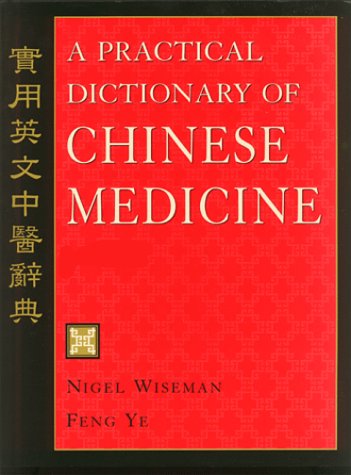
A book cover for A Practical Dictionary of Chinese Medicine; Nigel Wiseman; Health, Fitness & Dieting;